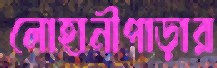
লোহানীপাড়ার